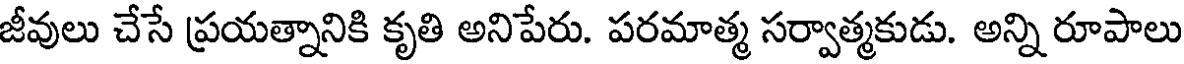
జీవులు చేసే ప్రయత్నానికి కృతి అనిపేరు. పరమాత్మ సర్వాత్మకుడు. అన్ని రూపాలు